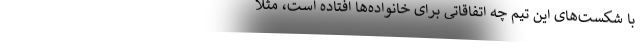
با شکست‌های این تیم چه اتفاقاتی برای خانواده‌ها افتاده است، مثلاً